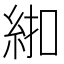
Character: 𱹰